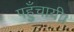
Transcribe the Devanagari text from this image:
पहुँचायी।